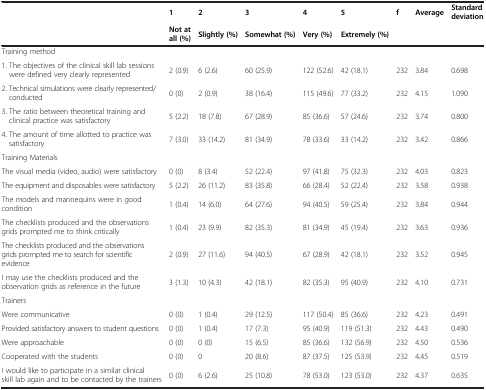
<table><thead><tr><td><b> </b></td><td><b>1</b></td><td><b>2</b></td><td><b>3</b></td><td><b>4</b></td><td><b>5</b></td><td><b>f</b></td><td><b>Average</b></td><td><b>Standard deviation</b></td></tr><tr><td><b> </b></td><td><b>Not at all (%)</b></td><td><b>Slightly (%)</b></td><td><b>Somewhat (%)</b></td><td><b>Very (%)</b></td><td><b>Extremely (%)</b></td><td><b> </b></td><td><b> </b></td><td><b> </b></td></tr></thead><tbody><tr><td colspan="9">Training method</td></tr><tr><td>1. The objectives of the clinical skill lab sessions were defined very clearly represented</td><td>2 (0.9)</td><td>6 (2.6)</td><td>60 (25.9)</td><td>122 (52.6)</td><td>42 (18.1)</td><td>232</td><td>3.84</td><td>0.698</td></tr><tr><td>2. Technical simulations were clearly represented/conducted</td><td>0 (0)</td><td>2 (0.9)</td><td>38 (16.4)</td><td>115 (49.6)</td><td>77 (33.2)</td><td>232</td><td>4.15</td><td>1.090</td></tr><tr><td>3. The ratio between theoretical training and clinical practice was satisfactory</td><td>5 (2.2)</td><td>18 (7.8)</td><td>67 (28.9)</td><td>85 (36.6)</td><td>57 (24.6)</td><td>232</td><td>3.74</td><td>0.800</td></tr><tr><td>4. The amount of time allotted to practice was satisfactory</td><td>7 (3.0)</td><td>33 (14.2)</td><td>81 (34.9)</td><td>78 (33.6)</td><td>33 (14.2)</td><td>232</td><td>3.42</td><td>0.866</td></tr><tr><td colspan="9">Training Materials</td></tr><tr><td>The visual media (video, audio) were satisfactory</td><td>0 (0)</td><td>8 (3.4)</td><td>52 (22.4)</td><td>97 (41.8)</td><td>75 (32.3)</td><td>232</td><td>4.03</td><td>0.823</td></tr><tr><td>The equipment and disposables were satisfactory</td><td>5 (2.2)</td><td>26 (11.2)</td><td>83 (35.8)</td><td>66 (28.4)</td><td>52 (22.4)</td><td>232</td><td>3.58</td><td>0.938</td></tr><tr><td>The models and mannequins were in good condition</td><td>1 (0.4)</td><td>14 (6.0)</td><td>64 (27.6)</td><td>94 (40.5)</td><td>59 (25.4)</td><td>232</td><td>3.84</td><td>0.944</td></tr><tr><td>The checklists produced and the observations grids prompted me to think critically</td><td>1 (0.4)</td><td>23 (9.9)</td><td>82 (35.3)</td><td>81 (34.9)</td><td>45 (19.4)</td><td>232</td><td>3.63</td><td>0.936</td></tr><tr><td>The checklists produced and the observations grids prompted me to search for scientific evidence</td><td>2 (0.9)</td><td>27 (11.6)</td><td>94 (40.5)</td><td>67 (28.9)</td><td>42 (18.1)</td><td>232</td><td>3.52</td><td>0.945</td></tr><tr><td>I may use the checklists produced and the observation grids as reference in the future</td><td>3 (1.3)</td><td>10 (4.3)</td><td>42 (18.1)</td><td>82 (35.3)</td><td>95 (40.9)</td><td>232</td><td>4.10</td><td>0.731</td></tr><tr><td colspan="9">Trainers</td></tr><tr><td>Were communicative</td><td>0 (0)</td><td>1 (0.4)</td><td>29 (12.5)</td><td>117 (50.4)</td><td>85 (36.6)</td><td>232</td><td>4.23</td><td>0.491</td></tr><tr><td>Provided satisfactory answers to student questions</td><td>0 (0)</td><td>1 (0.4)</td><td>17 (7.3)</td><td>95 (40.9)</td><td>119 (51.3)</td><td>232</td><td>4.43</td><td>0.490</td></tr><tr><td>Were approachable</td><td>0 (0)</td><td>0 (0)</td><td>15 (6.5)</td><td>85 (36.6)</td><td>132 (56.9)</td><td>232</td><td>4.50</td><td>0.536</td></tr><tr><td>Cooperated with the students</td><td>0 (0)</td><td>0</td><td>20 (8.6)</td><td>87 (37.5)</td><td>125 (53.9)</td><td>232</td><td>4.45</td><td>0.519</td></tr><tr><td>I would like to participate in a similar clinical skill lab again and to be contacted by the trainers</td><td>0 (0)</td><td>6 (2.6)</td><td>25 (10.8)</td><td>78 (53.0)</td><td>123 (53.0)</td><td>232</td><td>4.37</td><td>0.635</td></tr></tbody></table>